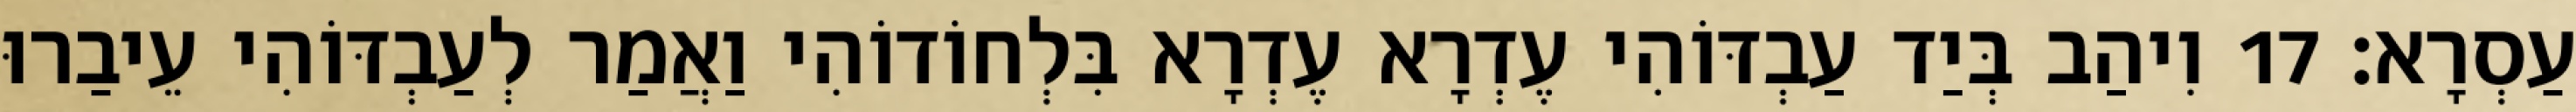
עַסְרָא׃ 17 וִיהַב בְּיַד עַבְדּוֹהִי עֶדְרָא עֶדְרָא בִּלְחוֹדוֹהִי וַאֲמַר לְעַבְדּוֹהִי עֵיבַרוּ